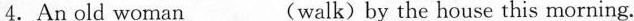
4.An old woman___(walk) by the house this morning.